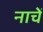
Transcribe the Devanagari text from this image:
नाचें